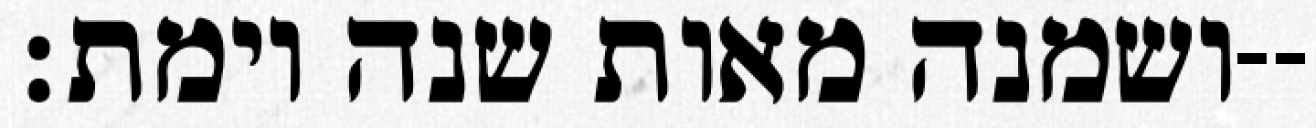
ושמנה מאות שנה וימת׃--